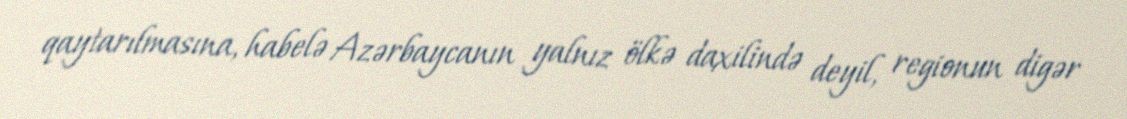
qaytarılmasına, habelə Azərbaycanın yalnız ölkə daxilində deyil, regionun digər